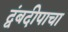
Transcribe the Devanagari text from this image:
द्वंबदीपाचा